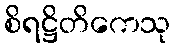
စိရဋ္ဌိတိကေသု